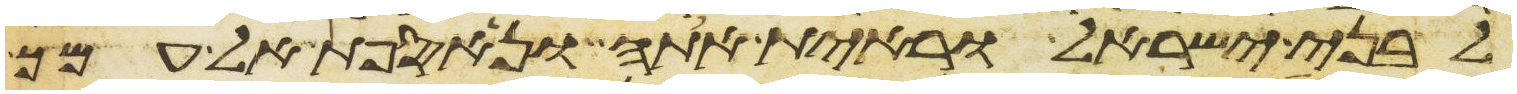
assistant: לבני ישראל וראית אתה ונאספת אל עמך